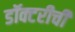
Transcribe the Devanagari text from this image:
डॉक्टरीची